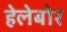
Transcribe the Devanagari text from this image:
हेलेबोर